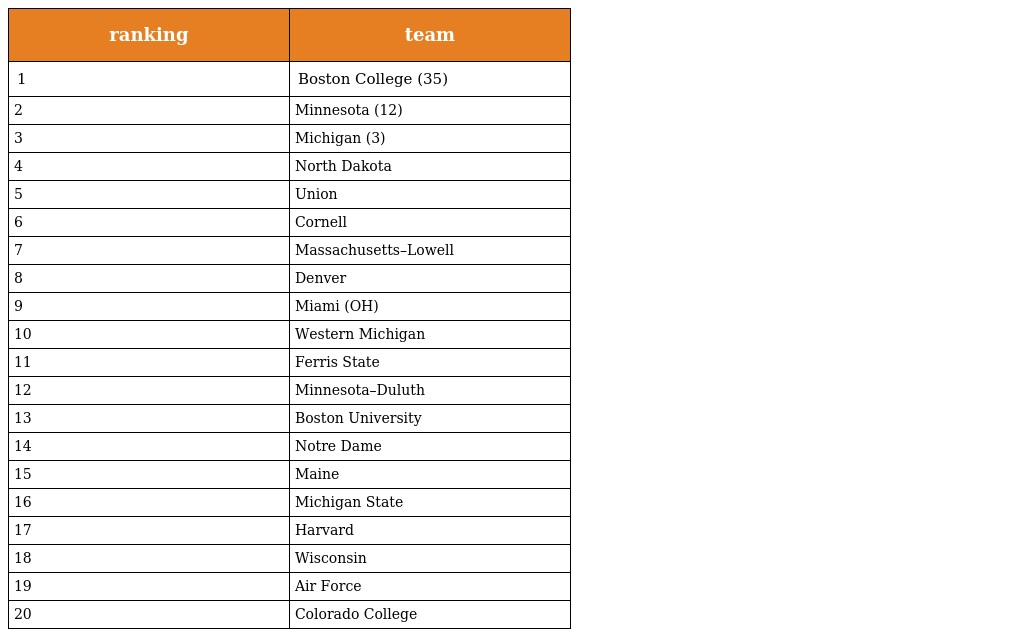
| ranking | team |
 | --- | --- |
 | 1 | Boston College (35) |
 | 2 | Minnesota (12) |
 | 3 | Michigan (3) |
 | 4 | North Dakota |
 | 5 | Union |
 | 6 | Cornell |
 | 7 | Massachusetts–Lowell |
 | 8 | Denver |
 | 9 | Miami (OH) |
 | 10 | Western Michigan |
 | 11 | Ferris State |
 | 12 | Minnesota–Duluth |
 | 13 | Boston University |
 | 14 | Notre Dame |
 | 15 | Maine |
 | 16 | Michigan State |
 | 17 | Harvard |
 | 18 | Wisconsin |
 | 19 | Air Force |
 | 20 | Colorado College |